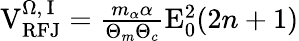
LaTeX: \begin{array}{r}{\mathrm{V}_{\mathrm{RFJ}}^{\Omega,\, \mathrm{I}}=\frac{m_{\alpha}\alpha}{\Theta_{m}\Theta_{c}}\mathrm{E}_{0}^{2}(2n+1)}\end{array}